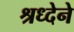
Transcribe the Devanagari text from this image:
श्रध्देने